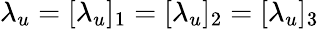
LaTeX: \lambda_{u}=[\lambda_{u}]_{1}=[\lambda_{u}]_{2}=[\lambda_{u}]_{3}